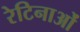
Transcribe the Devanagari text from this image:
रेटिनाओं